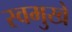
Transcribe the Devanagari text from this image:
स्वमुखे